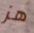
هز